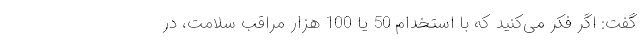
گفت: اگر فکر می‌‌کنید که با استخدام 50 یا 100 هزار مراقب سلامت، در